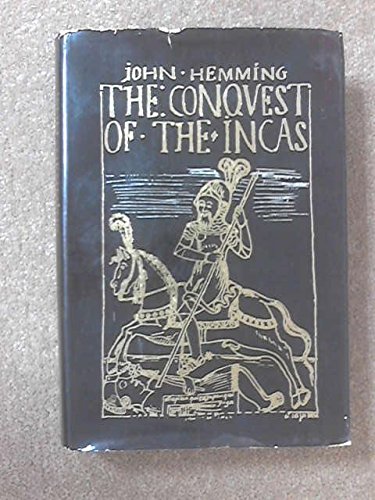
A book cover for The conquest of the Incas; John Hemming; History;